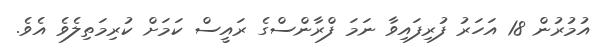
އުމުރުން 18 އަހަރު ފުރިފައިވާ ނަމަ ފްރާންސްގެ ރައީސް ކަމަށް ކުރިމަތިލެވެ އެވެ.